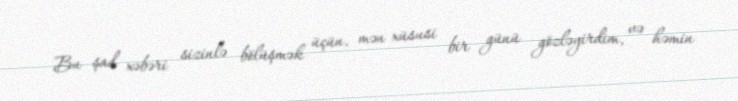
Bu şad xəbəri sizinlə bölüşmək üçün, mən xüsusi bir günü gözləyirdim, və həmin